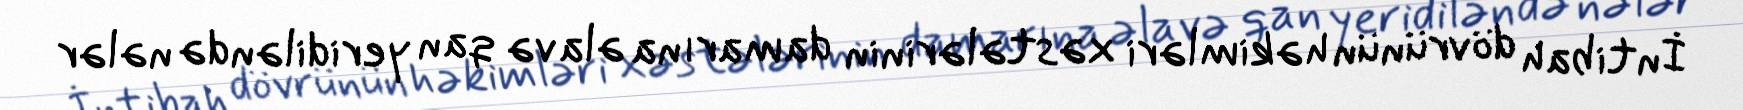
İntibah dövrünün həkimləri xəstələrinin damarına əlavə qan yeridiləndə nələr